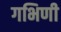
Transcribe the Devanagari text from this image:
गभिणी